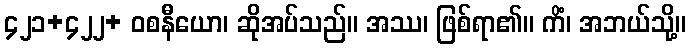
၄၂၁+၄၂၂+ ဝစနီယော၊ ဆိုအပ်သည်။ အဿ၊ ဖြစ်ရာ၏။ ကိံ၊ အဘယ်သို့။